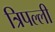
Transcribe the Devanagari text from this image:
त्रिपल्ली